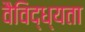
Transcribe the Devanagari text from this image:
वैविद्ध्यता